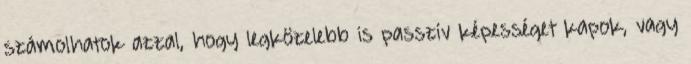
számolhatok azzal, hogy legközelebb is passzív képességet kapok, vagy